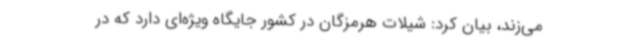
می‌زند، بیان کرد: شیلات هرمزگان در کشور جایگاه ویژه‌ای دارد که در